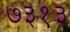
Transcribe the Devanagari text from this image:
७३१३